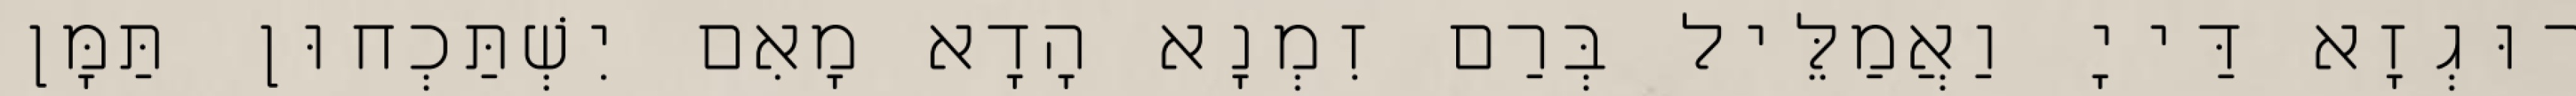
רוּגְזָא דַּייָ וַאֲמַלֵּיל בְּרַם זִמְנָא הָדָא מָאִם יִשְׁתַּכְחוּן תַּמָּן